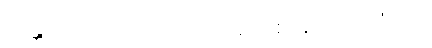
အန္တရာယ်ပြုတတ်သော အညစ်အကြေးသုံးပါး။